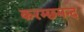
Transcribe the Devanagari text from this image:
करम्छमन्द